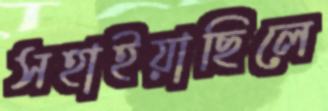
সহাইয়াছিলে